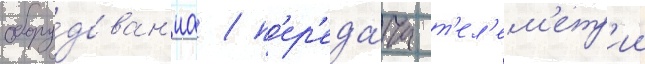
обору́дован'иа / п'ер'еда́ча т'ел'ем'етр'ии